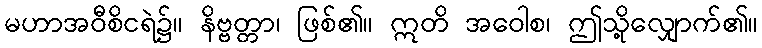
မဟာအဝီစိငရဲ၌။ နိဗ္ဗတ္တာ၊ ဖြစ်၏။ ဣတိ အဝေါစ၊ ဤသို့လျှောက်၏။